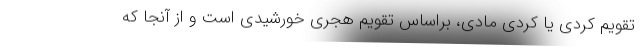
تقویم کردی یا کردی مادی، براساس تقویم هجری خورشیدی است و از آنجا که